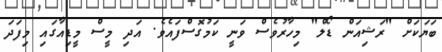
ބަޔަކަށް "ރަޝިއަން ޑޯލް" މިހާރުވެސް ވަނީ ކަމުގޮސްފައެވެ. އަދި މީސް މީޑިއާގައި މިފަދަ